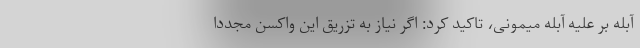
آبله بر علیه آبله میمونی، تاکید کرد: اگر نیاز به تزریق این واکسن مجددا